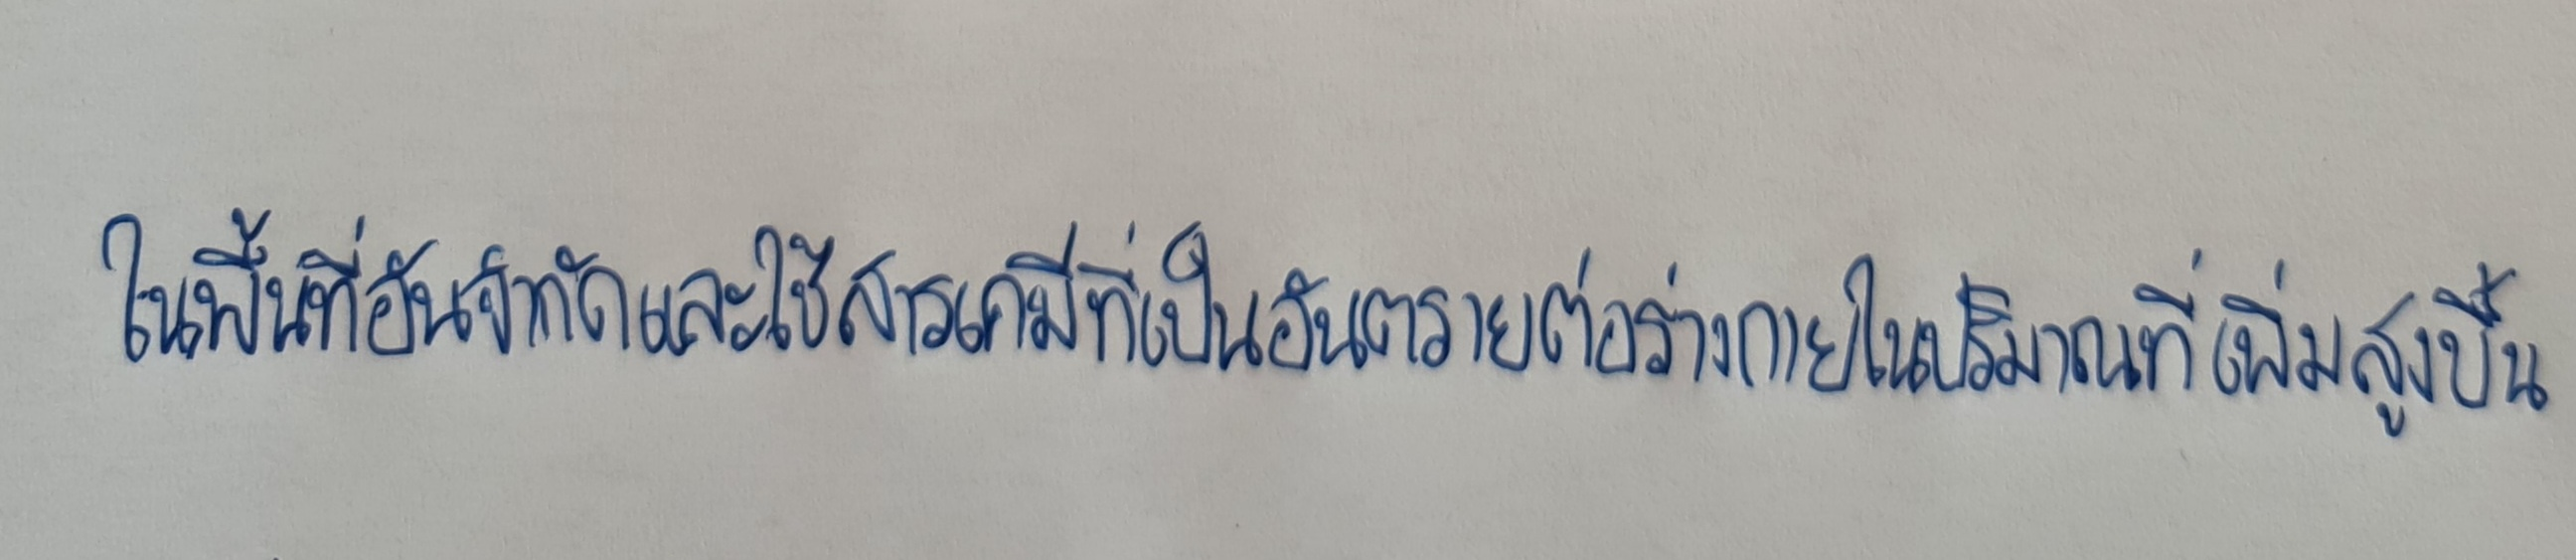
ในพื้นที่อันจำกัดและใช้สารเคมีที่เป็นอันตรายต่อร่างกายในปริมาณที่เพิ่มสูงขึ้น